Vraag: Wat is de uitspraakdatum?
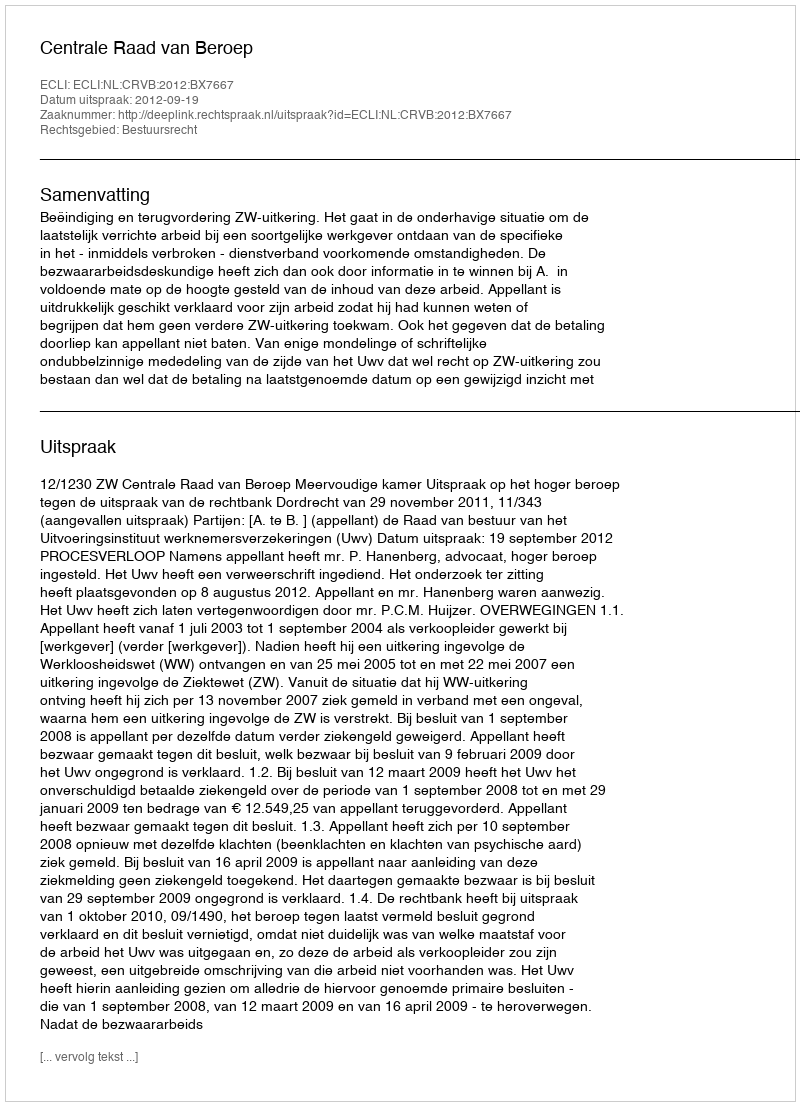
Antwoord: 2012-09-19